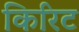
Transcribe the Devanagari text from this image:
किरिट